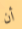
أن